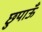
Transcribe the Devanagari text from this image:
छुपाऊँ